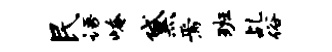
民语崦黛焉班乩俗